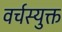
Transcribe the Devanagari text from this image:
वर्चस्युक्त